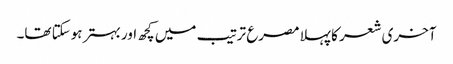
آخری شعر کا پہلا مصرع ترتیب میں کچھ اور بہتر ہوسکتا تھا۔